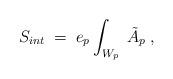
LaTeX: \begin{align*}S_{int} \;=\; e_{p}\int_{W_{p}}\; \tilde{A}_{p} \; ,\end{align*}